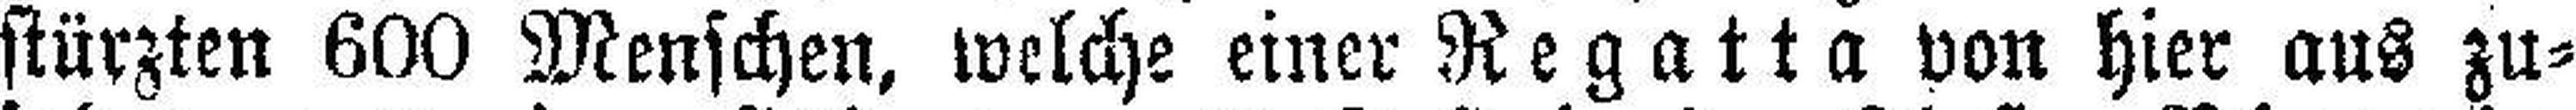
stürzten 600 Menschen, welche einer Regatta von hier aus zu¬